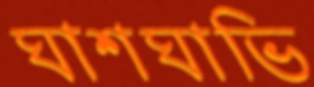
ঘাশঘাভি